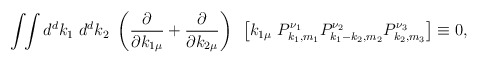
\begin{align*}\int \!\! \int d^dk_1~d^dk_2~\left( \frac{\partial}{\partial k_{1\mu}}+\frac{\partial}{\partial k_{2\mu}} \right)~\left[ k_{1\mu}~P_{k_1,m_1}^{\nu_1}P_{k_1-k_2,m_2}^{\nu_2}P_{k_2,m_3}^{\nu_3} \right] \equiv 0,\end{align*}